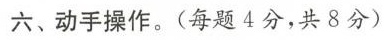
六、动手操作。（每题4分，共8分）